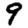
Digit: 9